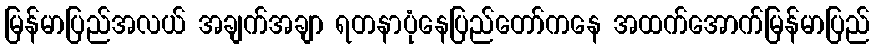
မြန်မာပြည်အလယ် အချက်အချာ ရတနာပုံနေပြည်တော်ကနေ အထက်အောက်မြန်မာပြည်